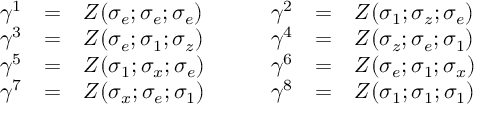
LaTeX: \begin{array} { l c l c l c l } { { \gamma ^ { 1 } } } & { { = } } & { { Z ( \sigma _ { e } ; \sigma _ { e } ; \sigma _ { e } ) } } & { { \quad } } & { { \gamma ^ { 2 } } } & { { = } } & { { Z ( \sigma _ { 1 } ; \sigma _ { z } ; \sigma _ { e } ) } } \\ { { \gamma ^ { 3 } } } & { { = } } & { { Z ( \sigma _ { e } ; \sigma _ { 1 } ; \sigma _ { z } ) } } & { { \quad } } & { { \gamma ^ { 4 } } } & { { = } } & { { Z ( \sigma _ { z } ; \sigma _ { e } ; \sigma _ { 1 } ) } } \\ { { \gamma ^ { 5 } } } & { { = } } & { { Z ( \sigma _ { 1 } ; \sigma _ { x } ; \sigma _ { e } ) } } & { { \quad } } & { { \gamma ^ { 6 } } } & { { = } } & { { Z ( \sigma _ { e } ; \sigma _ { 1 } ; \sigma _ { x } ) } } \\ { { \gamma ^ { 7 } } } & { { = } } & { { Z ( \sigma _ { x } ; \sigma _ { e } ; \sigma _ { 1 } ) } } & { { \quad } } & { { \gamma ^ { 8 } } } & { { = } } & { { Z ( \sigma _ { 1 } ; \sigma _ { 1 } ; \sigma _ { 1 } ) } } \end{array}